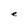
Character: e